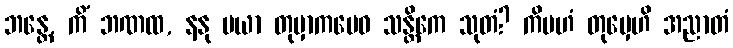
ဘန္တေ, ကိံ ဘဏထ, နနု မယာ တုမှာကမေဝ သန္တိကေ သုတံ? ကိမဟံ တုမှေဟိ အညာတံ